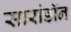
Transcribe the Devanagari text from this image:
सारांडॉन